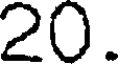
20.